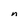
Character: n